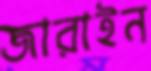
জারাইন